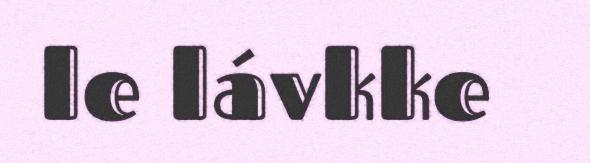
le lávkke